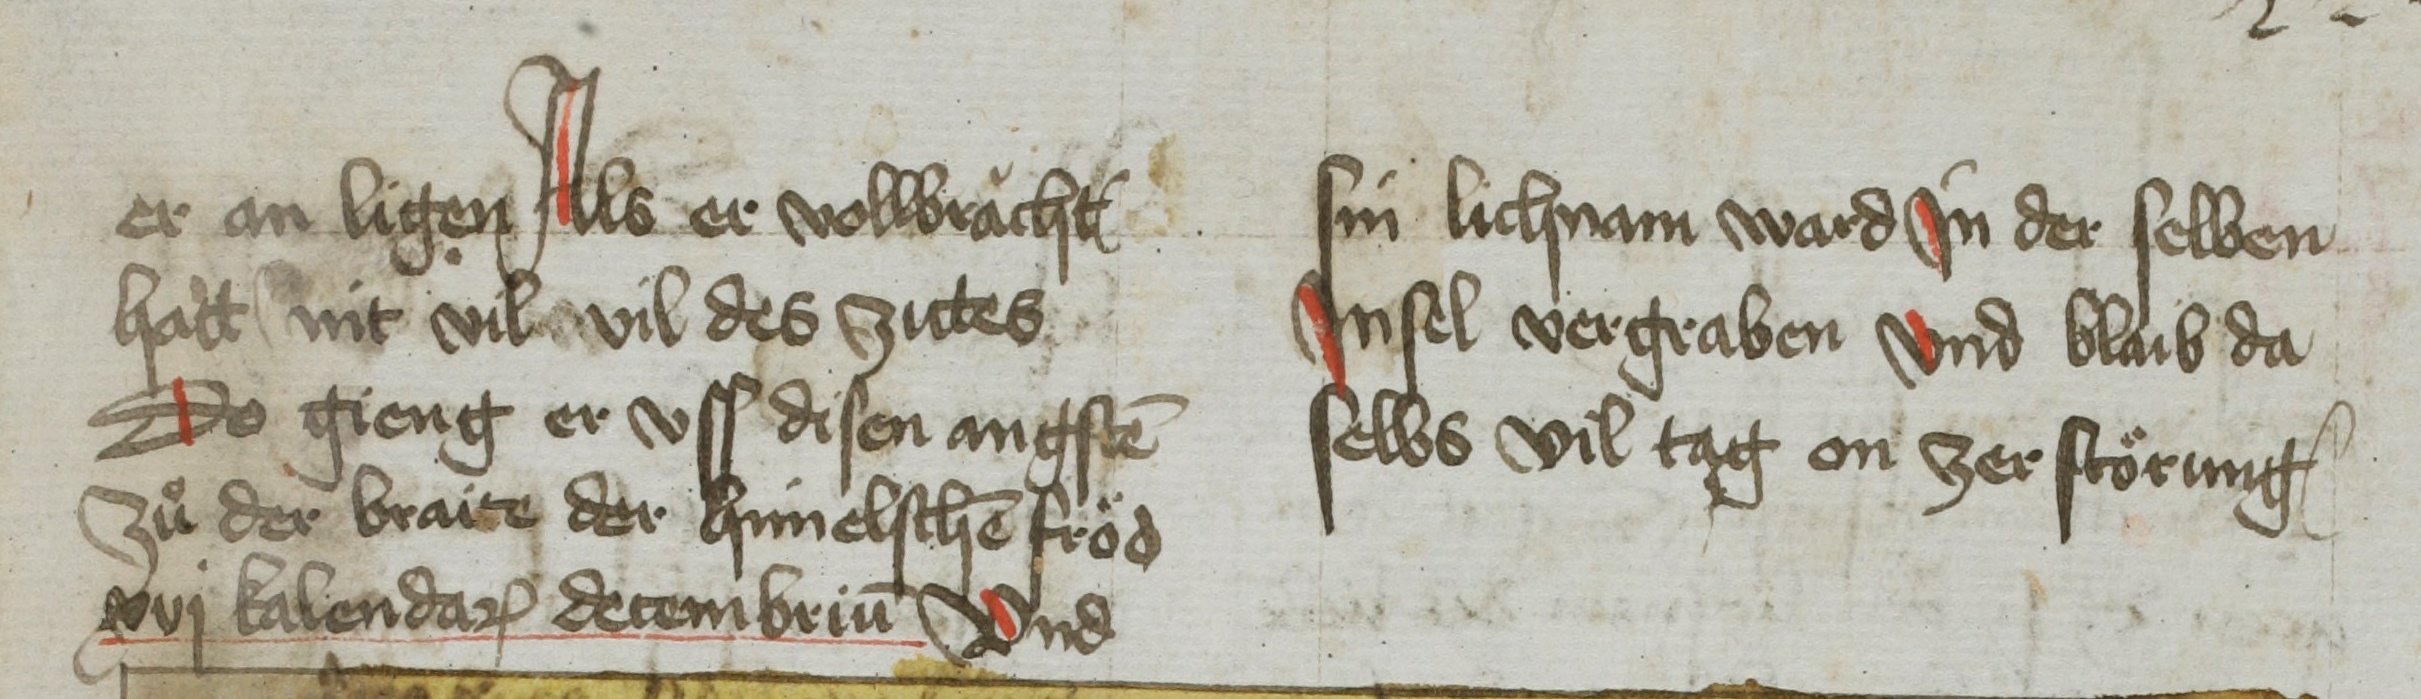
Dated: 1451–1460